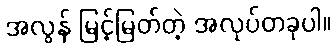
အလွန် မြင့်မြတ်တဲ့ အလုပ်တခုပါ။